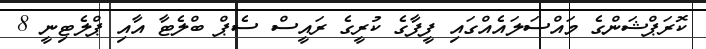
ކޮރަޕްޝަންގެ މައްސަލައެއްގައި ފީފާގެ ކުރީގެ ރައީސް ސެޕް ބްލެޓާ އާއި ޕްލެޓިނީ 8